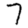
Digit: 7